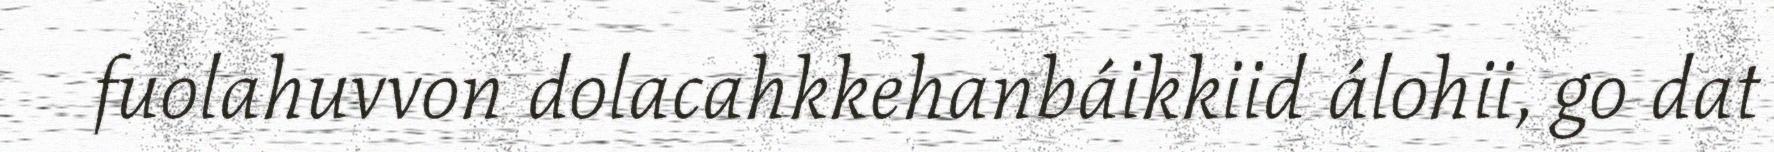
fuolahuvvon dolacahkkehanbáikkiid álohii, go dat